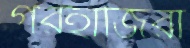
গরহাজিরা